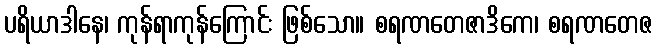
ပရိယာဒါနေ၊ ကုန်ရာကုန်ကြောင်း ဖြစ်သော။ စရဏတေဇာဒိကေ၊ စရဏတေဇ